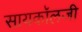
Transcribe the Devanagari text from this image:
सायकॉलजी